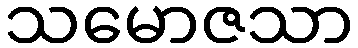
သမောဇသာ